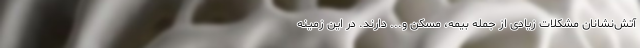
آتش‌نشانان مشکلات زیادی از جمله بیمه، مسکن و... دارند. در این زمینه